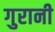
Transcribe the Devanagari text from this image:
गुरानी